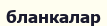
бланкалар